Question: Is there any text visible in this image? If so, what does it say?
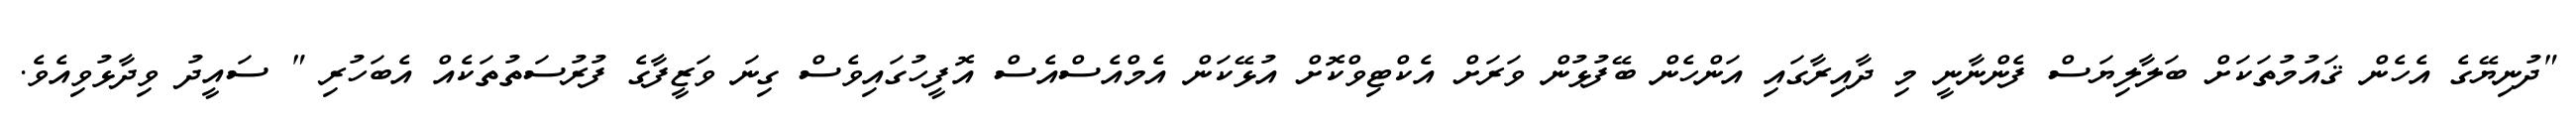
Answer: "ދުނިޔޭގެ އެހެން ޤައުމުތަކަށް ބަލާލިޔަސް ފެންނާނީ މި ދާއިރާގައި އަންހެން ބޭފުޅުން ވަރަށް އެކްޓިވްކޮށް އުޅޭކަން އެމްއެސްއެސް އޮފީހުގައިވެސް ގިނަ ވަޒީފާގެ ފުރުސަތުތަކެއް އެބަހުރި " ސައީދު ވިދާޅުވިއެވެ.